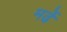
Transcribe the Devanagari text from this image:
मर्ढे